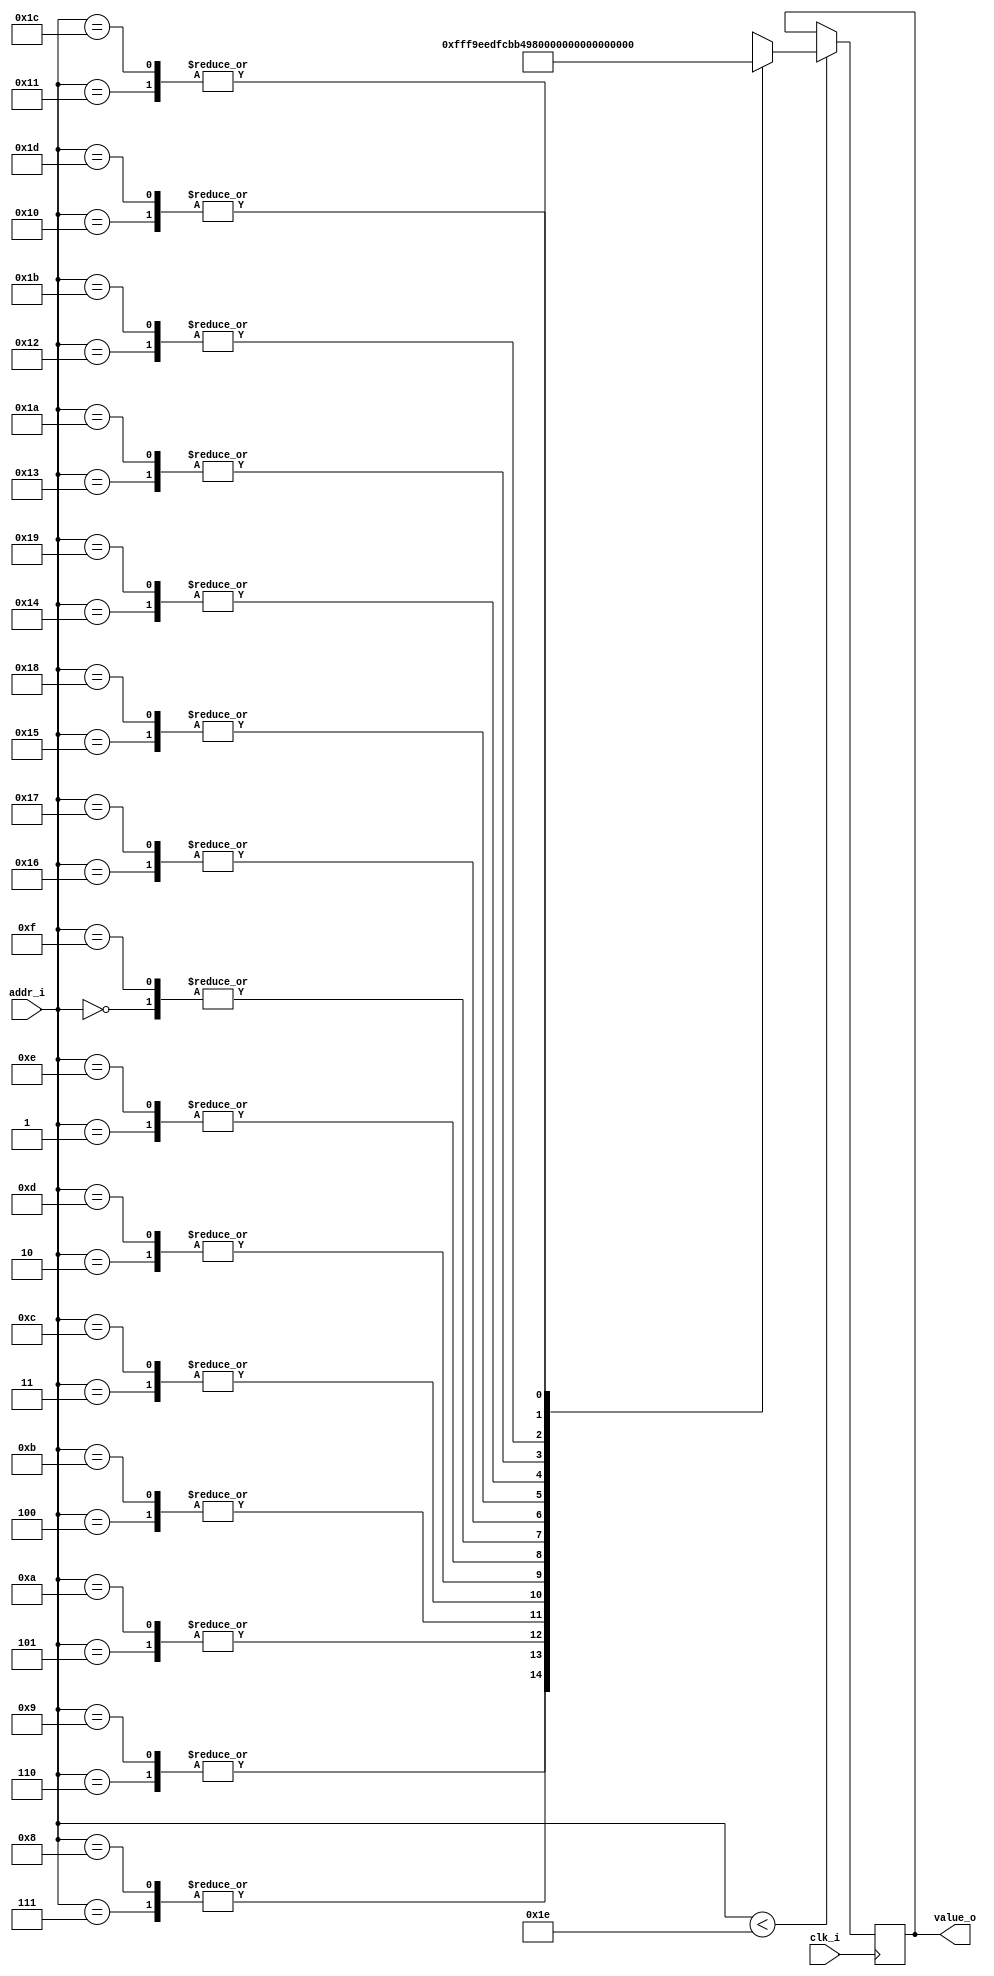
/*
 * sine_table.v
 *
 * Copyright: (C) 2013 LeafLabs, LLC
 * License: The MIT License (See LICENSE file)
 *
 * A simple static sine wave lookup table.
 *
 * 30 values at 8 bits, centered at half max.
 */
module sine_table (
    input wire clk_i,           // 44.1 MHz clock
    input wire[4:0] addr_i,
    output wire[7:0] value_o
    );

    reg[7:0] outval = 8'b0;
    assign value_o = outval;

    wire[7:0] lookup_table [0:29];
    // see bottom for python code to generate this list
    assign lookup_table[0] = 8'd128;
    assign lookup_table[1] = 8'd154;
    assign lookup_table[2] = 8'd180;
    assign lookup_table[3] = 8'd203;
    assign lookup_table[4] = 8'd223;
    assign lookup_table[5] = 8'd238;
    assign lookup_table[6] = 8'd249;
    assign lookup_table[7] = 8'd255;
    assign lookup_table[8] = 8'd255;
    assign lookup_table[9] = 8'd249;
    assign lookup_table[10] = 8'd238;
    assign lookup_table[11] = 8'd223;
    assign lookup_table[12] = 8'd203;
    assign lookup_table[13] = 8'd180;
    assign lookup_table[14] = 8'd154;
    assign lookup_table[15] = 8'd128;
    assign lookup_table[16] = 8'd101;
    assign lookup_table[17] = 8'd75;
    assign lookup_table[18] = 8'd52;
    assign lookup_table[19] = 8'd32;
    assign lookup_table[20] = 8'd17;
    assign lookup_table[21] = 8'd6;
    assign lookup_table[22] = 8'd0;
    assign lookup_table[23] = 8'd0;
    assign lookup_table[24] = 8'd6;
    assign lookup_table[25] = 8'd17;
    assign lookup_table[26] = 8'd32;
    assign lookup_table[27] = 8'd52;
    assign lookup_table[28] = 8'd75;
    assign lookup_table[29] = 8'd101;

    always @(posedge clk_i) begin
        if (addr_i < 30) begin
            outval <= lookup_table[addr_i];
        end
    end

endmodule

/* Python code to generate sine table

import math
for i in range(30):
    v = 2**7 + 2**7 * math.sin(math.pi / 15. * i)
    print "assign lookup_table[%d] = 8'd%d;" % (i, v)

*/